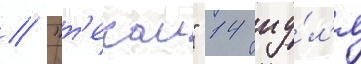
// "т'екаи" 14 иу́л'я